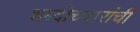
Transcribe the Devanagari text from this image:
शब्दोच्चारांची